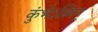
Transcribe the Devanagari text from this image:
कुंभेऽस्मिन्